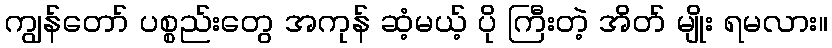
ကျွန်တော် ပစ္စည်းတွေ အကုန် ဆံ့မယ့် ပို ကြီးတဲ့ အိတ် မျိုး ရမလား။